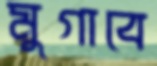
মুগাবে